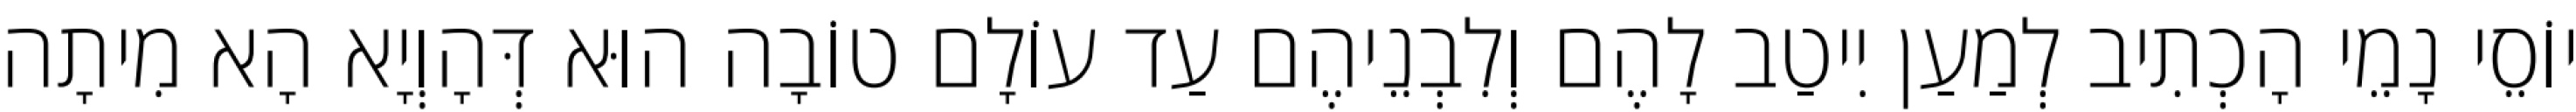
יוֹסֵי נָמֵי הָכְתִיב לְמַעַן יִיטַב לָהֶם וְלִבְנֵיהֶם עַד עוֹלָם טוֹבָה הוּא דְּהָוְיָא הָא מִיתָה